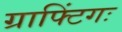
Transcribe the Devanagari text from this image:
ग्राफ्टिंगः